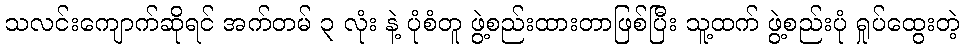
သလင်းကျောက်ဆိုရင် အက်တမ် ၃ လုံး နဲ့ ပုံစံတူ ဖွဲ့စည်းထားတာဖြစ်ပြီး သူ့ထက် ဖွဲ့စည်းပုံ ရှုပ်ထွေးတဲ့